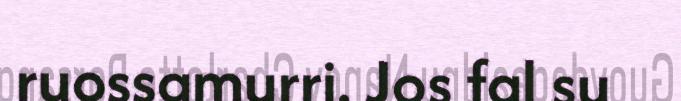
ruossamurri. Jos fal su